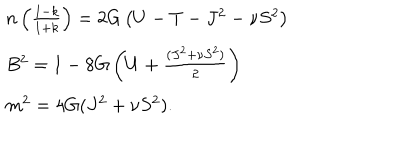
LaTeX: \begin{array} { l l } { { n \left( \frac { 1 - k } { 1 + k } \right) = 2 G \left( U - T - J ^ { 2 } - \nu S ^ { 2 } \right) } } \\ { { B ^ { 2 } = 1 - 8 G \left( U + \frac { ( J ^ { 2 } + \nu S ^ { 2 } ) } { 2 } \right) } } \\ { { m ^ { 2 } = 4 G ( J ^ { 2 } + \nu S ^ { 2 } ) . } } \\ \end{array}